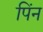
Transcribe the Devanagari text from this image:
पिंन